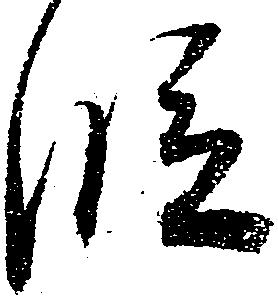
段